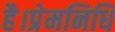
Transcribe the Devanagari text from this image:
है।प्रेमनिधि